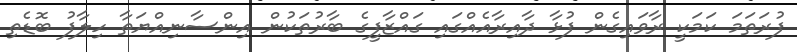
ފުރަތަމަ ކަމަކީ ރާވައިގެން ފުޅާ ދާއިރާއެއްގައި ގައްޒާފީގެ ބާރުތަކުން އިންސާނިއްޔަތާ ހިލާފު ބޮޑެތި